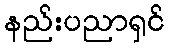
နည်းပညာရှင်